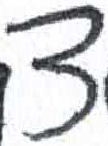
אות: צ